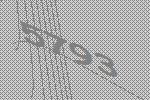
5793